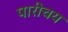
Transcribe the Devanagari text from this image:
पारीचय